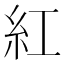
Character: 紅